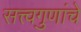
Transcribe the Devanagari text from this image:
सत्त्वगुणांचे